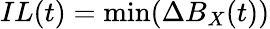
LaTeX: IL(t)=\operatorname*{min}({\Delta B_{X}(t)})